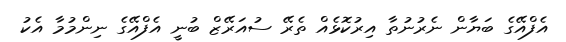
އެފްއޭގެ ބަޔާން ނެރުނުތާ އިރުކޮޅެއް ތެރޭ ސުއަރޭޒް ބުނީ އެފްއޭގެ ނިންމުމާ އެކު